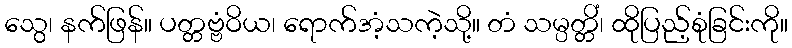
သွေ၊ နက်ဖြန်။ ပတ္တဗ္ဗံဝိယ၊ ရောက်အံ့သကဲ့သို့။ တံ သမ္ပတ္တိံ၊ ထိုပြည့်စုံခြင်းကို။